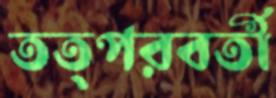
তত্পরবর্তী